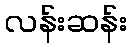
လန်းဆန်း